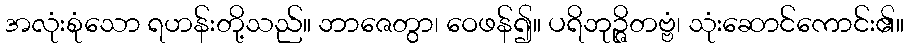
အလုံးစုံသော ရဟန်းတို့သည်။ ဘာဇေတွာ၊ ဝေဖန်၍။ ပရိဘုဉ္ဇိတဗ္ဗံ၊ သုံးဆောင်ကောင်း၏။